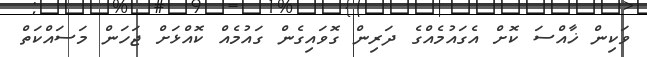
ވަކިން ޚާއްސަ ކޮށް އެގައުމެއްގެ ދަރިން ގޮވައިގެން ގައުމެއް ކޮއްޅަށް ޖަހަން މަސައްކަތް